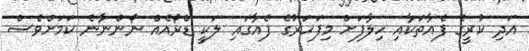
އަދި ކުރީގެ ފެއާތަކާއި ހިލާފަށް މިފަހަރުގެ ފެއާގައި ލަކީ ޑްރޯއެއް ނޯންނާނެ ކަމަށްވެސް